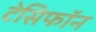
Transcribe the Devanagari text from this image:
टेसिफॉन